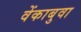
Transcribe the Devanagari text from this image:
वेंकाबुवा